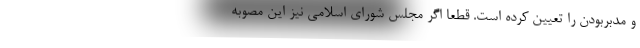
و مدبربودن را تعیین کرده است. قطعا اگر مجلس شورای اسلامی نیز این مصوبه